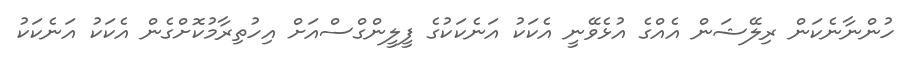
ހުންނާނެކަން ރިލޭޝަން އެއްގެ އުޅެވޭނީ އެކަކު އަނެކަކުގެ ފީލީންގްސްއަށް އިހުތިރާމުކޮށްގެން އެކަކު އަނެކަކު